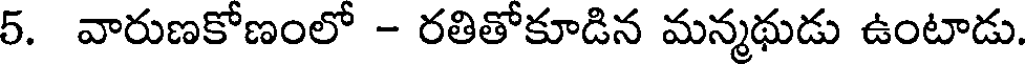
5. వారుణకోణంలో - రతితోకూడిన మన్మథుడు ఉంటాడు.